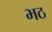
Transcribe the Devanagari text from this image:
भठ